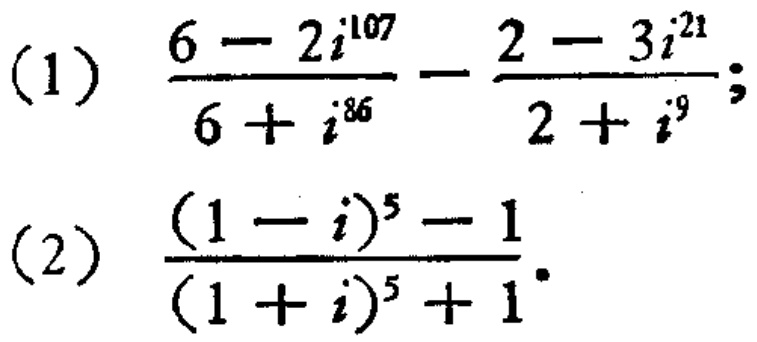
(1) \(\frac{6 - 2i^{107}}{6 + i^{86}} - \frac{2 - 3i^{21}}{2 + i^{9}}\);
(2) \(\frac{(1 - i)^{5} - 1}{(1 + i)^{5} + 1}\)